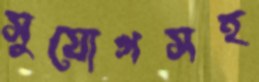
সুযোগসহ